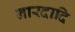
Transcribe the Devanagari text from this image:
नारदादि